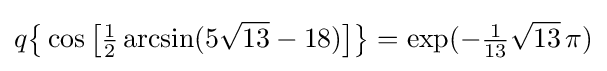
q{\bigl \{}\cos {\bigl [}{\tfrac {1}{2}}\arcsin(5{\sqrt {13}}-18){\bigr ]}{\bigr \}}=\exp(-{\tfrac {1}{13}}{\sqrt {13}}\,\pi )